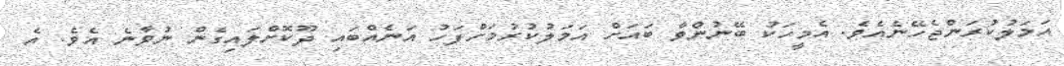
އަމަލުކުރަންޖެހޭނެއެވެ. އެމީހަކު ބޭނުންވާ ބައަށް އަމަލުކުރުމަށްފަހު އަނެއްބައި ދޫކޮށްލައިގެން ނުވާނެ އެވެ. އެ